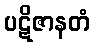
ပဋိဇာနတံ